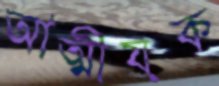
আত্মীয়ক